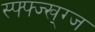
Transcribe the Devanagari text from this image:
स्फ्फ्ज्ख्ग्ज